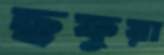
ছফুয়া